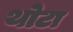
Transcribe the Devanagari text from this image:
थोटा